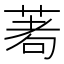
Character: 𦴆